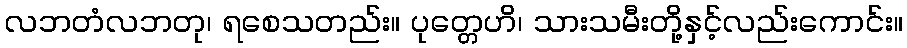
လဘတံလဘတု၊ ရစေသတည်း။ ပုတ္တေဟိ၊ သားသမီးတို့နှင့်လည်းကောင်း။